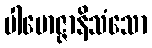
ပါမောဇ္ဇာနိသံသော